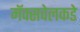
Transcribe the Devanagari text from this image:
मॅक्सवेलकडे